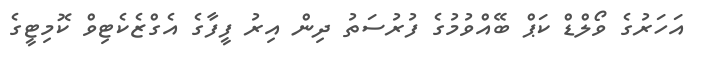
އަހަރުގެ ވޯލްޑް ކަޕް ބޭއްވުމުގެ ފުރުސަތު ދިން އިރު ފީފާގެ އެގްޒެކެޓިވް ކޮމިޓީގެ